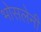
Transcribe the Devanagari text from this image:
भोसलेनी